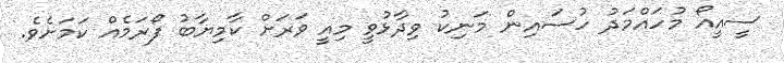
ސީއީއޯ މުހައްމަދު ހުސައިން މަނިކު ވިދާޅުވީ މިއީ ވަރަށް ކާމިޔާބު ފޯރަމެއް ކަމަށެވެ.